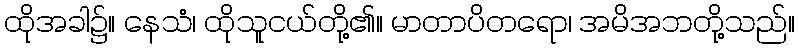
ထိုအခါ၌။ နေသံ၊ ထိုသူငယ်တို့၏။ မာတာပိတရော၊ အမိအဘတို့သည်။